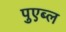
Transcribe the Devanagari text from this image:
पुएब्ल